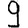
Digit: 9